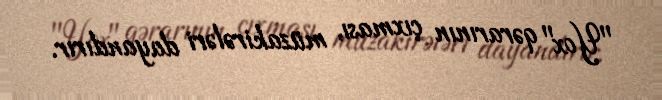
"Yox" qərarının çıxması, müzakirələri dayandırır.